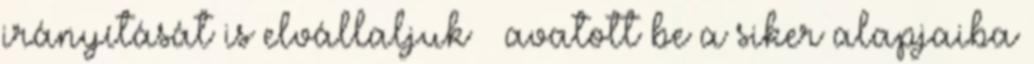
irányítását is elvállaljuk – avatott be a siker alapjaiba